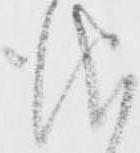
儀